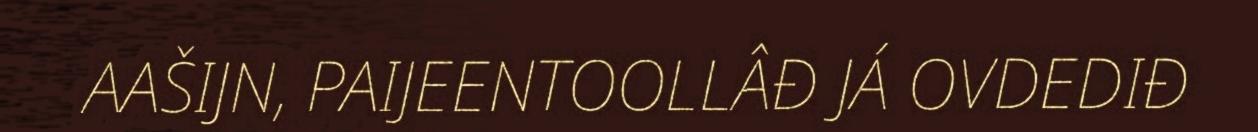
AAŠIJN, PAIJEENTOOLLÂĐ JÁ OVDEDIĐ